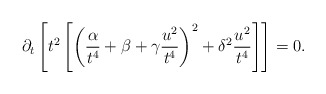
\begin{align*} \partial_t \left[t^2 \left[\left(\frac{\alpha}{t^4} + \beta + \gamma \frac{u^2}{t^4}\right)^2 + \delta^2 \frac{u^2}{t^4}\right]\right] = 0.\end{align*}